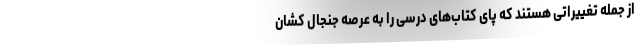
از جمله تغییراتی هستند که پای کتاب‌های درسی را به عرصه جنجال کشان